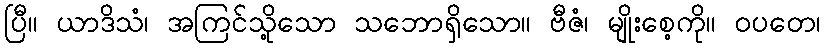
ပြီ။ ယာဒိသံ၊ အကြင်သို့သော သဘောရှိသော။ ဗီဇံ၊ မျိုးစေ့ကို။ ဝပတေ၊